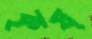
কৃষ্